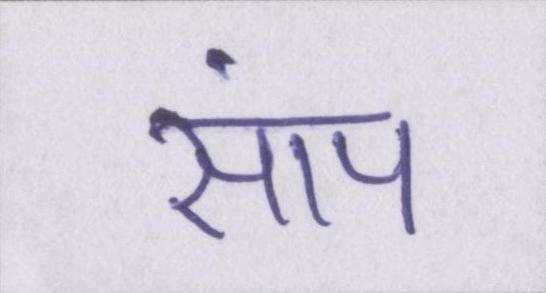
सांप